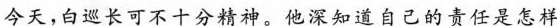
今天，白巡长可不十分精神。他深知道自己的责任是怎样